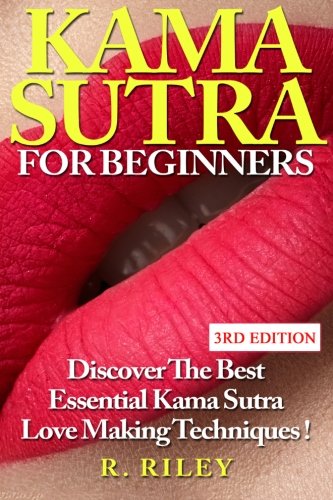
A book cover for Kama Sutra For Beginners: Discover The Best Essential Kama Sutra Love Making Techniques !; R. Riley; Self-Help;